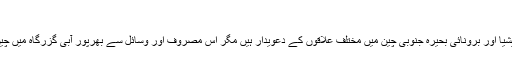
‘‘
چین، فلپائن، ویتنام، تائیوان، ملائیشیا اور برونائی بحیرہ جنوبی چین میں مختلف علاقوں کے دعویدار ہیں مگر اس مصروف اور وسائل سے بھرپور آبی گزرگاہ میں چین کے سب سے زیادہ دعوے ہیں۔